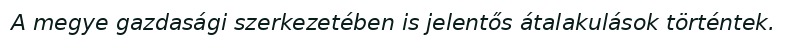
A megye gazdasági szerkezetében is jelentős átalakulások történtek.